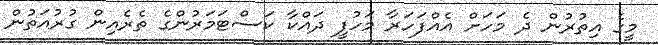
މީގެ އިތުރުން ދެ މަހަށް އެއްފަހަރާ މަހުފީ ދައްކާ ކަސްޓަމަރުންގެ ތެރެއިން ގުރުއަތުން